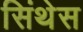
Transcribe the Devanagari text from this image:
सिंथेस